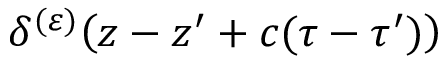
\delta ^ { ( \varepsilon ) } \! \left( z - z ^ { \prime } + c ( \tau - \tau ^ { \prime } ) \right)